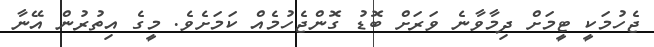
ޖެހުމަކީ ޓީމަށް ދިމާވާނެ ވަރަށް ބޮޑު ގޮންޖެހުމެއް ކަމަށެވެ. މީގެ އިތުރުން އޭނާ